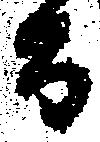
而